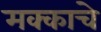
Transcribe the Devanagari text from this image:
मक्काचे